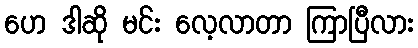
ဟေ ဒါဆို မင်း လေ့လာတာ ကြာပြီလား